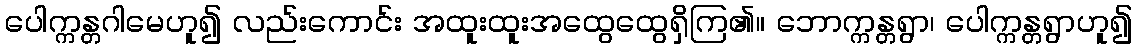
ပေါက္ကန္တဂါမေဟူ၍ လည်းကောင်း အထူးထူးအထွေထွေရှိကြ၏။ ဘောက္ကန္တရွာ၊ ပေါက္ကန္တရွာဟူ၍